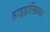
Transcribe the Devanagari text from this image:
हाइड्रोस्फ़ियर